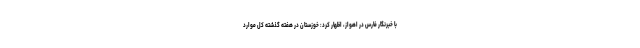
با خبرنگار فارس در اهواز، اظهار کرد: خوزستان در هفته گذشته کل موارد